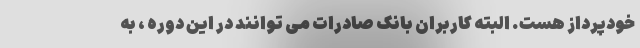
خودپرداز هست. البته کاربران بانک صادرات می توانند در این دوره ، به